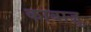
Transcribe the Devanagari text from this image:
काबाज़ु